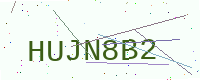
Text: HUJN8B2